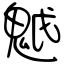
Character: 魆